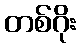
တစ်ဂိုး